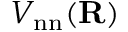
V _ { \mathrm { n n } } ( { \bf R } )